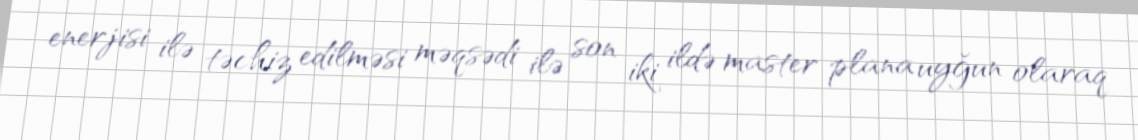
enerjisi ilə təchiz edilməsi məqsədi ilə son iki ildə master plana uyğun olaraq